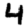
Digit: 4